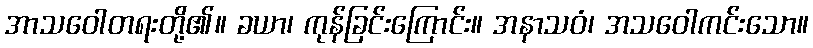
အာသဝေါတရးတို့၏။ ခယာ၊ ကုန်ခြင်းကြောင်း။ အနာသဝံ၊ အသဝေါကင်းသော။